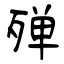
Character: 殚